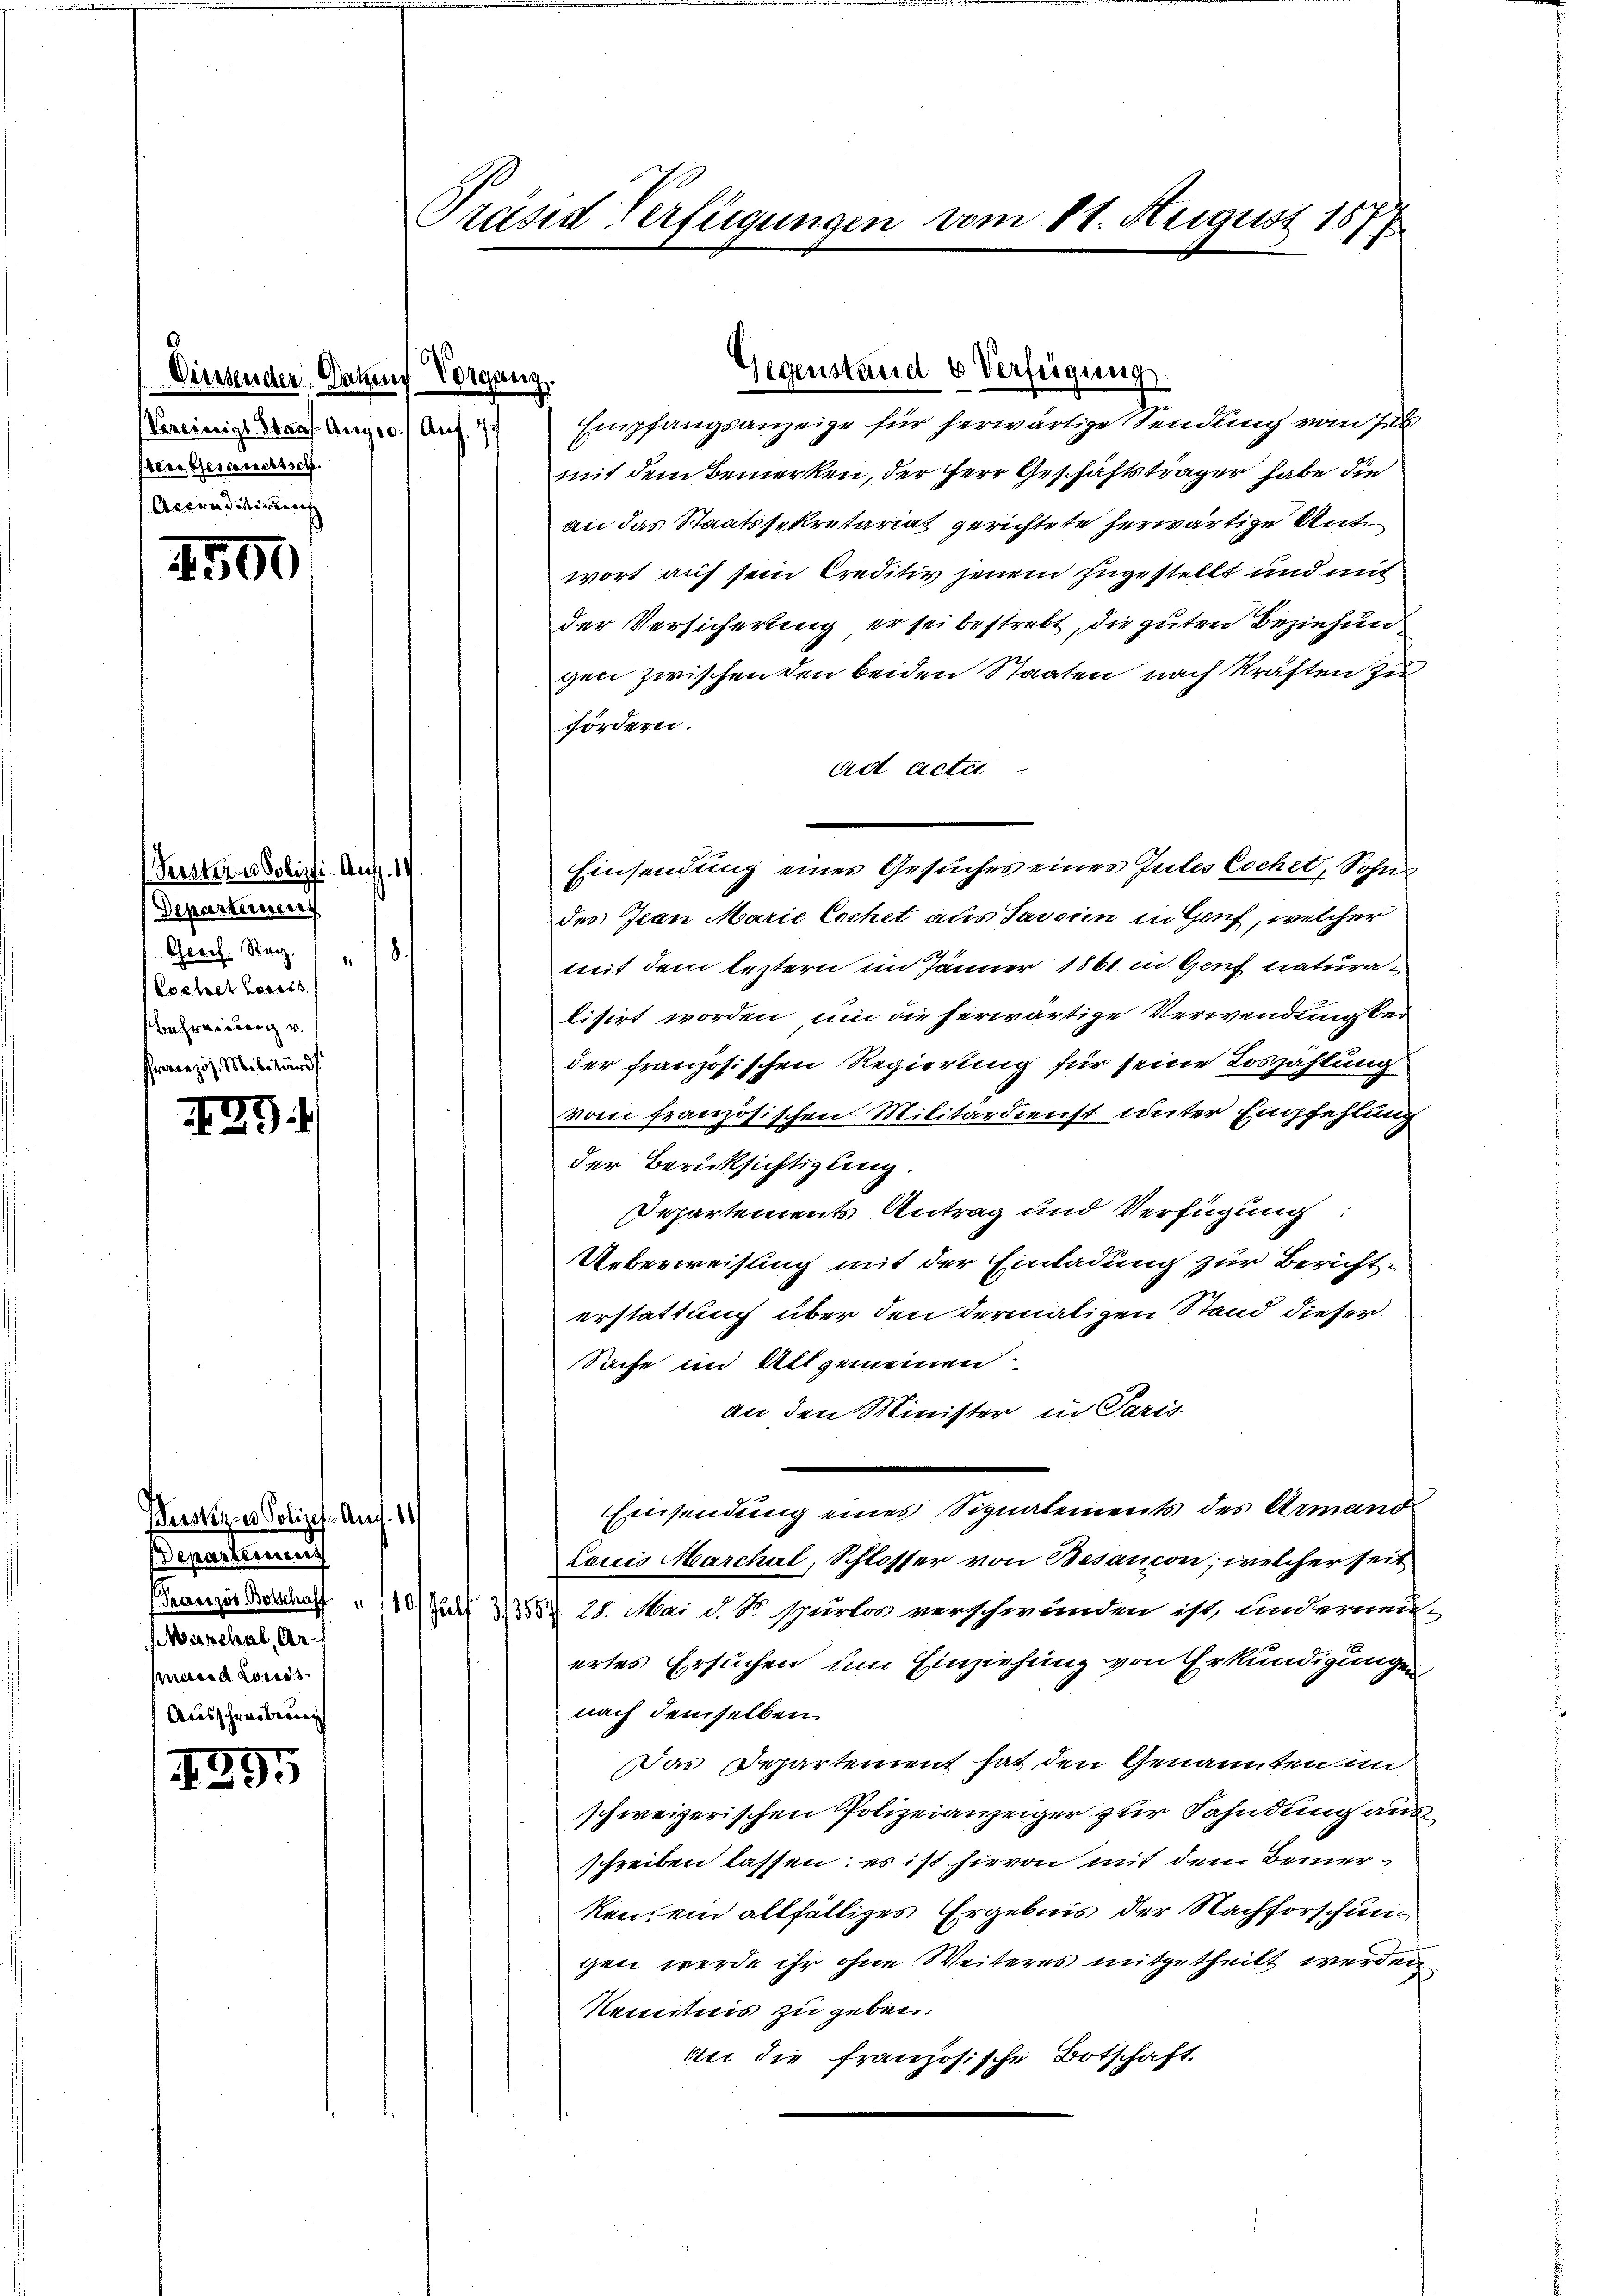
Diesender. Dahin Vorgang.
Vereinige Stauf Augso 1 Aug. 17
tere Geschrechtsch
Accreditirung

2500

Gersteines Polizei- Aufg. 14
Departemeng
Gesch. Reg.
181
Cochet Concis
Befreiung v.
Französ. Militärd

429.

1295

Bestiger Polizef. Auf 11
Departirung
MManchel, Ar¬
Mard Louis
Ausschreibung

Präsid Verfügungen vom 11. August 1874

mit dem Bemerken, der Herr Geschäftsträger habe die
an das Staatssekretariat gerichtete herwärtige Unte
wort auf sein Creditiv jenem zugestellt und mit
der Versicherung er sei bestrebt, die guten Beziehun
gen zwischen den beiden Staaten nach Kräften zu
fördern.
ad acta
des Ivan Marie Cochet aus Savsien in Genf, welcher
mit dem leztern im Jänner 1861 in Genf naturalisirt worden, um die herwärtige Verwendung bei
der französischen Regierung für seine Loszählung
vom französischen Militärdienst unter Empfehlung
der Berücksichtigung.
Departements Antrag und Verfügung:
Ueberweisung mit der Einladung zur Berichterstattung über den dermaligen Stand dieser
Sache im Allgemeinen.
an den Minister in Paris
Einsendung eines Signalements des Armand
Lauis Marchal, Schlosser von Besaucon, welcher seit
Canzes Beschaff " 110 Juli 33557. 21. Mai d. S. spurlos verschwänden ist, anderneu-
ertes Ersuchen um Einziehung von Erkundigungen
nach demselben
Das Departement hat den Genannten in
schweizerischen Polizeianzeiger zur Fahndung aus
schreiben lassen: es ist hievon mit den Beinerken, ein allfälliges Ergebnis der Nachforschungen werde ihr ohne Weiteres mitgetheilt werden
Kenntnis zu geben.
an die französische Botschaft.

Gegenstand 6 Verfeigung
Empfangsanzeige für herwärtige Sendung vom Jul

Einsendung eines Gesuches eines Gutes Cochet, Sohns¬